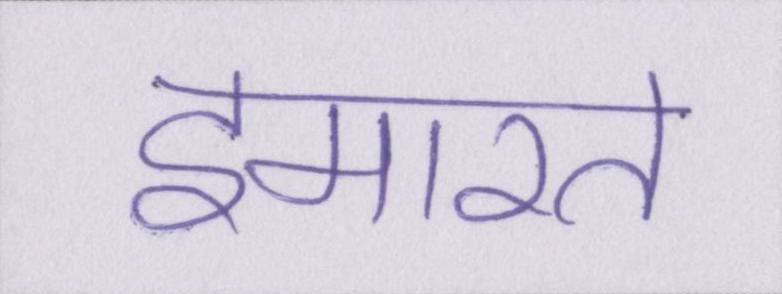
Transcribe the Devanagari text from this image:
इमारत